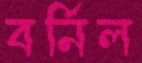
বর্নিল